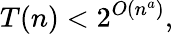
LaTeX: T(n)<2^{O(n^{a})},